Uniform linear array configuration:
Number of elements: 8
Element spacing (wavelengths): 0.5
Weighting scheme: uniform
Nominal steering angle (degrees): -30
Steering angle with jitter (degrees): -29.527
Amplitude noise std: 0.05
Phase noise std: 0.05

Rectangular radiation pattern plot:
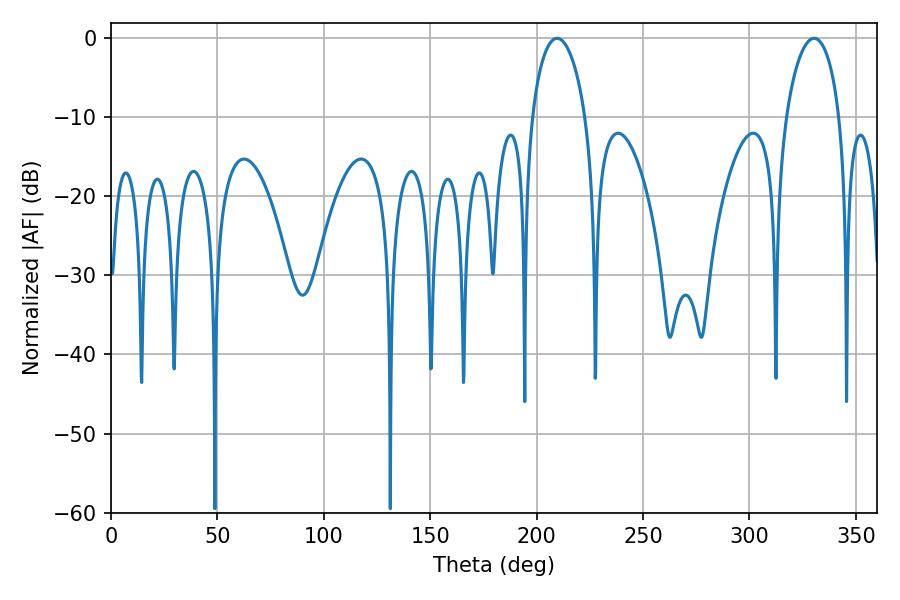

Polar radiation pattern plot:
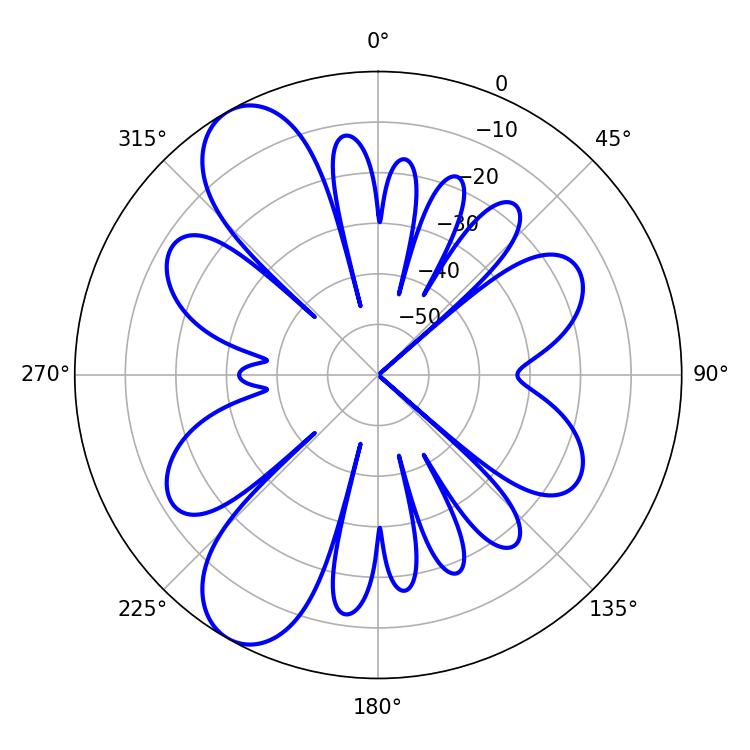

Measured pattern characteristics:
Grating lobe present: FALSE
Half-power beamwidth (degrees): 14.4
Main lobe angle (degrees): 209.7